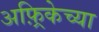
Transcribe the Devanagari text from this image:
अफ़्रिकेच्या